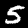
Label: 5